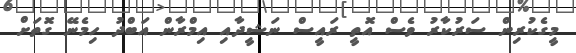
މީގެކުރިން ސަރުކާރު ވެސް އޮތީ ރައީސް ނަޝީދާއި އިމްރާން އަބްދު ހިމެނޭ ގޮތަށް